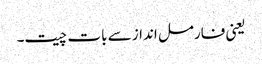
یعنی فارمل انداز سے بات چیت۔